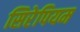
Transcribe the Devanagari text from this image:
सिरेपियम